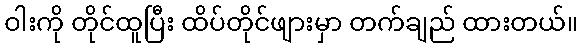
ဝါးကို တိုင်ထူပြီး ထိပ်တိုင်ဖျားမှာ တက်ချည် ထားတယ်။